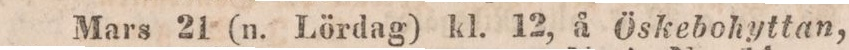
Mars 21 (n. Lördag) kl. 12, å Öskebohyttan,